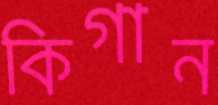
কিগান